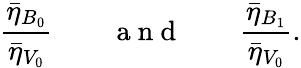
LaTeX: \frac{\bar{\eta}_{B_{0}}}{\bar{\eta}_{V_{0}}}\qquad\mathrm{~a~n~d~}\qquad\frac{\bar{\eta}_{B_{1}}}{\bar{\eta}_{V_{0}}}.